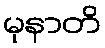
မုနာတိ